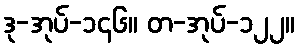
ဒု-အုပ်-၁၄၆။ တ-အုပ်-၁၂၂။